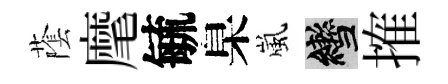
䕃麾毓臬嵐轡搉